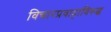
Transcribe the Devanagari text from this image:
विचारप्रवाहाविरुद्ध